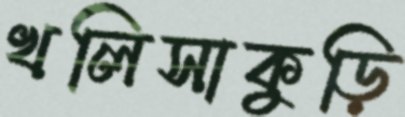
খলিসাকুড়ি